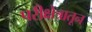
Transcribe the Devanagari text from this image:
परीक्षेत्रातून